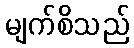
မျက်စိသည်